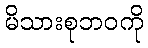
မိသားစုဘဝကို